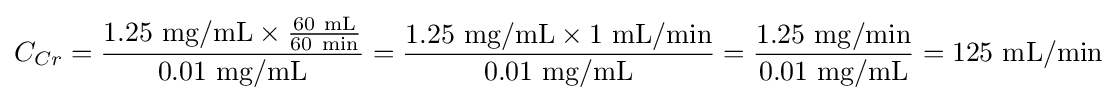
C_{Cr}={\frac {\mathrm {1.25\ mg/mL\times {\frac {60\ mL}{60\ min}}} }{\mathrm {0.01\ mg/mL} }}={\frac {\mathrm {{1.25\ mg/mL}\times {1\ mL/min}} }{\mathrm {0.01\ mg/mL} }}={\frac {\mathrm {1.25\ mg/min} }{\mathrm {0.01\ mg/mL} }}=\mathrm {125\ mL/min}